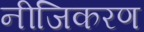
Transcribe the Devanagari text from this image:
नीजिकरण